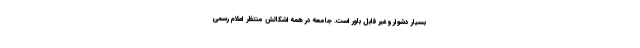
بسیار دشوار و غیر قابل باور است. جامعه در همه اشکالش منتظر اعلام رسمی